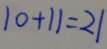
1 0 + 1 1 = 2 1